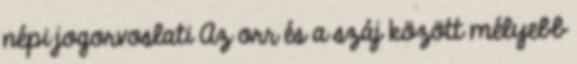
népi jogorvoslati Az orr és a száj között mélyebb